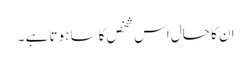
ان کا حال اس شخص کا سا ہوتا ہے ۔